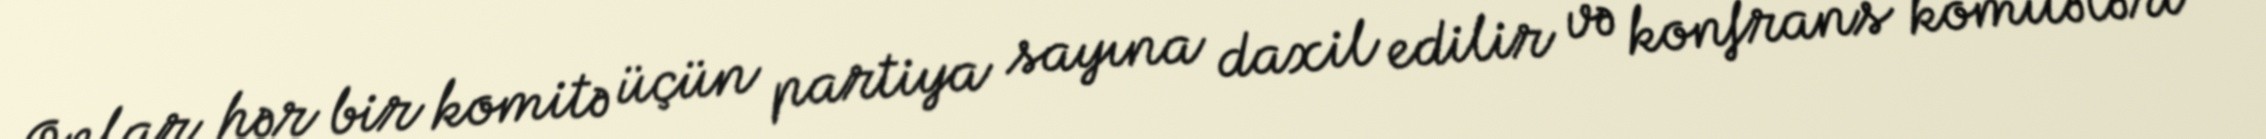
Onlar hər bir komitə üçün partiya sayına daxil edilir və konfrans komitələri